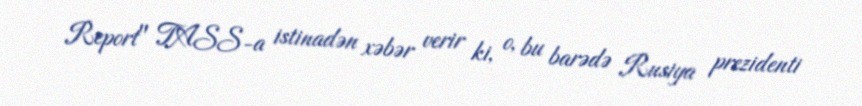
Report" TASS-a istinadən xəbər verir ki, o, bu barədə Rusiya prezidenti